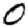
Digit: 0